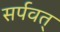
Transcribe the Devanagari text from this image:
सर्पवत्